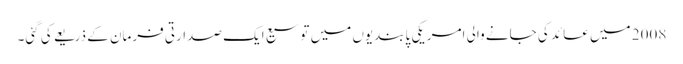
2008 میں عائد کی جانے والی امریکی پابندیوں میں توسیع ایک صدارتی فرمان کے ذریعے کی گئی۔